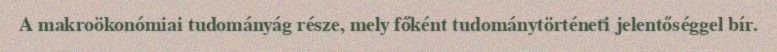
A makroökonómiai tudományág része, mely főként tudománytörténeti jelentőséggel bír.